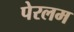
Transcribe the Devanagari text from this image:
पेरलम